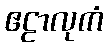
ဧဠာလုကံ